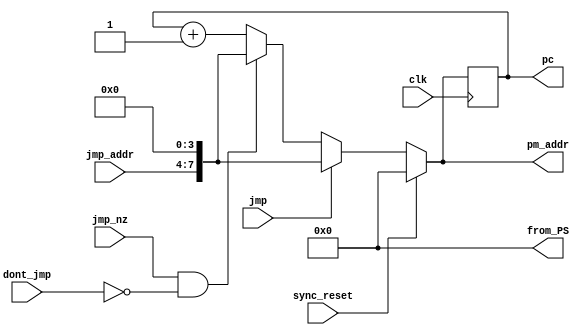
module program_sequencer_Q14(clk, sync_reset, pm_addr, jmp, jmp_nz, jmp_addr, dont_jmp, 
								pc, from_PS);
input clk, sync_reset, jmp,jmp_nz, dont_jmp;
input [3:0] jmp_addr;
output reg [7:0] pc, pm_addr, from_PS;

always @ *
from_PS = 8'h0;

always @ (posedge clk)
pc <= pm_addr;

always @ *
if (sync_reset == 1'b1)
	pm_addr <= 8'h00;
else if (jmp == 1'b1)
	pm_addr <= {jmp_addr,4'h0};
else if ((jmp_nz == 1'b1) && (dont_jmp == 1'b0))
	pm_addr <= {jmp_addr,4'h0};
else
	pm_addr <= pc + 8'b1;

endmodule